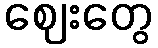
ဈေးတွေ